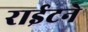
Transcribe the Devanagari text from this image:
राईटने